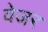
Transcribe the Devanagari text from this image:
वेजर